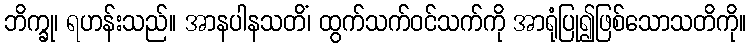
ဘိက္ခု၊ ရဟန်းသည်။ အာနပါနသတိံ၊ ထွက်သက်ဝင်သက်ကို အာရုံပြု၍ဖြစ်သောသတိကို။